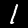
Digit: 1